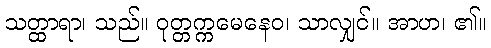
သတ္ထာရာ၊ သည်။ ဝုတ္တက္ကမေနေဝ၊ သာလျှင်။ အာဟ၊ ၏။